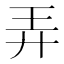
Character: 弄